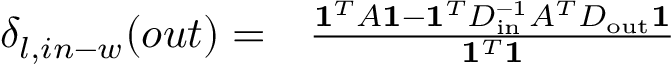
\begin{array} { r l } { \delta _ { l , i n - w } ( o u t ) = } & { { } \frac { \mathbf { 1 } ^ { T } A \mathbf { 1 } - \mathbf { 1 } ^ { T } D _ { \mathrm { i n } } ^ { - 1 } A ^ { T } D _ { \mathrm { o u t } } \mathbf { 1 } } { \mathbf { 1 } ^ { T } \mathbf { 1 } } } \end{array}